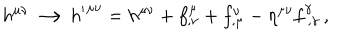
LaTeX: h ^ { \mu \nu } \longrightarrow { h ^ { \prime } } ^ { \mu \nu } = h ^ { \mu \nu } + f _ { , \nu } ^ { \mu } + f _ { , \mu } ^ { \nu } - \eta ^ { \mu \nu } f _ { \ , \gamma } ^ { \gamma } \, ,